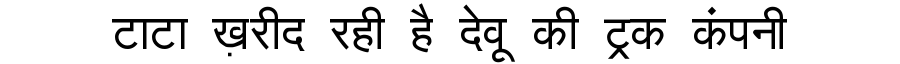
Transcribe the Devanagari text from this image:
टाटा ख़रीद रही है देवू की ट्रक कंपनी